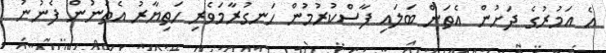
އެ އަމުރުގެ ދަށުން އެތަން ބަލައި ފާސްކުރުމުން ހަނގުރާމަވެރި ހަތިޔާރު އެތަނުން ފެނުނު